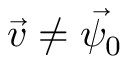
\vec { v } \neq \vec { \psi _ { 0 } }